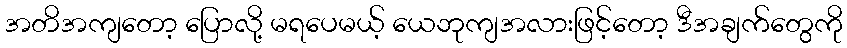
အတိအကျတော့ ပြောလို့ မရပေမယ့် ယေဘုကျအလားဖြင့်တော့ ဒီအချက်တွေကို